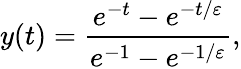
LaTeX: y(t)={\frac{e^{-t}-e^{-t/\varepsilon}}{e^{-1}-e^{-1/\varepsilon}}},